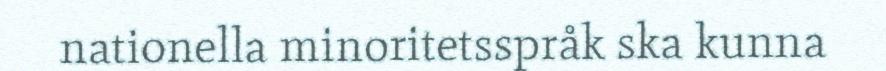
nationella minoritetsspråk ska kunna